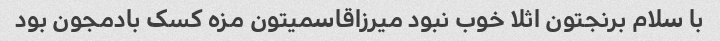
با سلام برنجتون اثلا خوب نبود میرزاقاسمیتون مزه کسک بادمجون بود